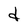
Character: d